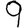
Digit: 9